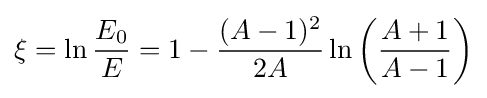
\xi =\ln {\frac {E_{0}}{E}}=1-{\frac {(A-1)^{2}}{2A}}\ln \left({\frac {A+1}{A-1}}\right)